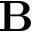
\mathbf { B }